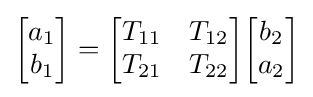
{\begin{bmatrix}a_{1}\\b_{1}\end{bmatrix}}={\begin{bmatrix}T_{11}&T_{12}\\T_{21}&T_{22}\end{bmatrix}}{\begin{bmatrix}b_{2}\\a_{2}\end{bmatrix}}